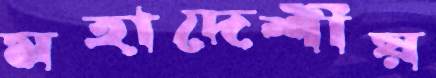
মহাদেশীয়